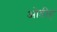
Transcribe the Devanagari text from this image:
ओडीह